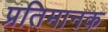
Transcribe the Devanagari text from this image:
प्रतिमानक